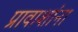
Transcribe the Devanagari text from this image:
प्रावाशांना